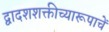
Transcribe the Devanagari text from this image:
द्वादशशक्तीच्यारूपाचें